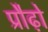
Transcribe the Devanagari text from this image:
प्रौढ़ो